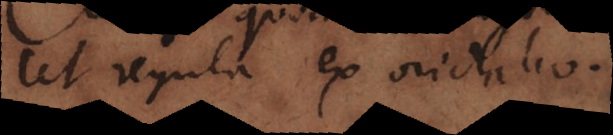
ut regula ex orichalco.